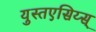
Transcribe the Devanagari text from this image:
युस्तएसिय्स्